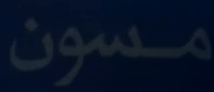
مسون